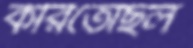
করিতেছিল